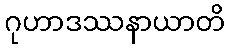
ဂုဟာဒဿနာယာတိ